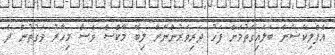
އެޕްލިކޭޝަން ބަލައިގަތުމަށް ފަހު ދަރިވަރުންނަށް ލިބޭ މާކްސް ވެސް މިހާރު ވަގުތުން ދެ